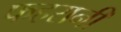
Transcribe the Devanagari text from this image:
फहरानी